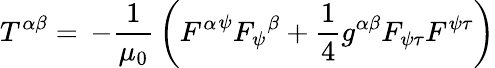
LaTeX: T^{\alpha\beta}=\, -{\frac{1}{\mu_{0}}}\left({F^{\alpha}}^{\psi}{F_{\psi}}^{\beta}+{\frac{1}{4}}g^{\alpha\beta}F_{\psi\tau}F^{\psi\tau}\right)